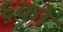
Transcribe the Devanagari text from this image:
६को